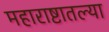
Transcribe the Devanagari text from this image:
महाराष्टातल्या